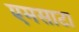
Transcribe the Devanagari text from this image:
एमसाटा